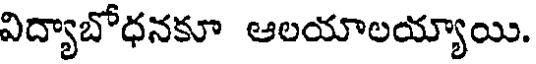
విద్యాబోధనకూ ఆలయాలయ్యాయి.